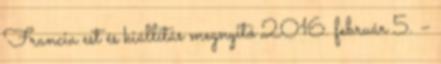
Francia est és kiállítás megnyitó 2016. február 5. –